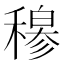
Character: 𬓽